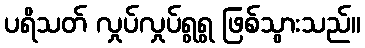
ပရိသတ် လှုပ်လှုပ်ရွရွ ဖြစ်သွားသည်။